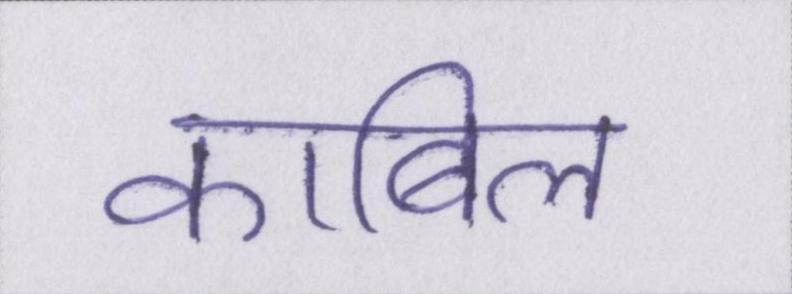
काबिल